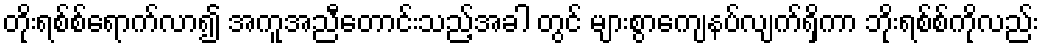
တိုးရစ်စ်ရောက်လာ၍ အကူအညီတောင်းသည့်အခါ တွင် များစွာကျေနပ်လျက်ရှိကာ ဘိုးရစ်စ်ကိုလည်း